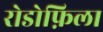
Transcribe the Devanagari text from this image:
रोडोफ़िला